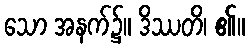
သော အနက်၌။ ဒိဿတိ၊ ၏။